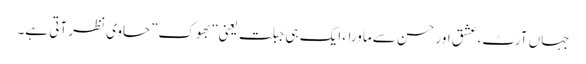
جہاں آرٹ،عشق اور حسن سے ماوراء ایک ہی جبلت یعنی”بھوک”حاوی نظر آتی ہے۔